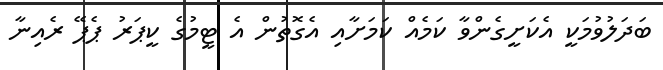
ބަދަލުވުމަކީ އެކަށީގެންވާ ކަމެއް ކަމަށާއި އެގޮތުން އެ ޓީމުގެ ކީޕަރު ޕެޕޭ ރެއިނާ